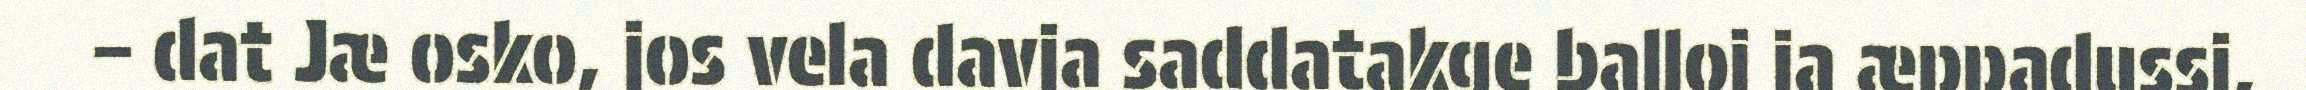
– dat Jæ osko, jos vela davja saddatakge balloi ja æppadussi,